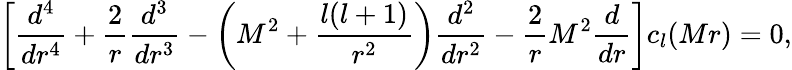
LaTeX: \left[{\frac{d^{4}}{dr^{4}}}+{\frac{2}{r}}{\frac{d^{3}}{dr^{3}}}-\left(M^{2}+{\frac{l(l+1)}{r^{2}}}\right){\frac{d^{2}}{dr^{2}}}-{\frac{2}{r}}M^{2}{\frac{d}{dr}}\right]c_{l}(Mr)=0,